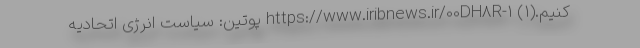
کنیم.(۱) ۱-https://www.iribnews.ir/00DH8R پوتین: سیاست انرژی اتحادیه